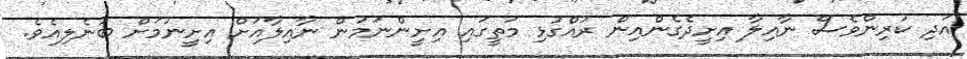
އަދި ކުރިންވެސް ނާއިލާ އިށީދެގެންއިން ރުއްގުޅި މަތީގައި އިށީންނަމުން ނާއިލާއަށް އިށީނުމަށް ބުނެލިއެވެ.